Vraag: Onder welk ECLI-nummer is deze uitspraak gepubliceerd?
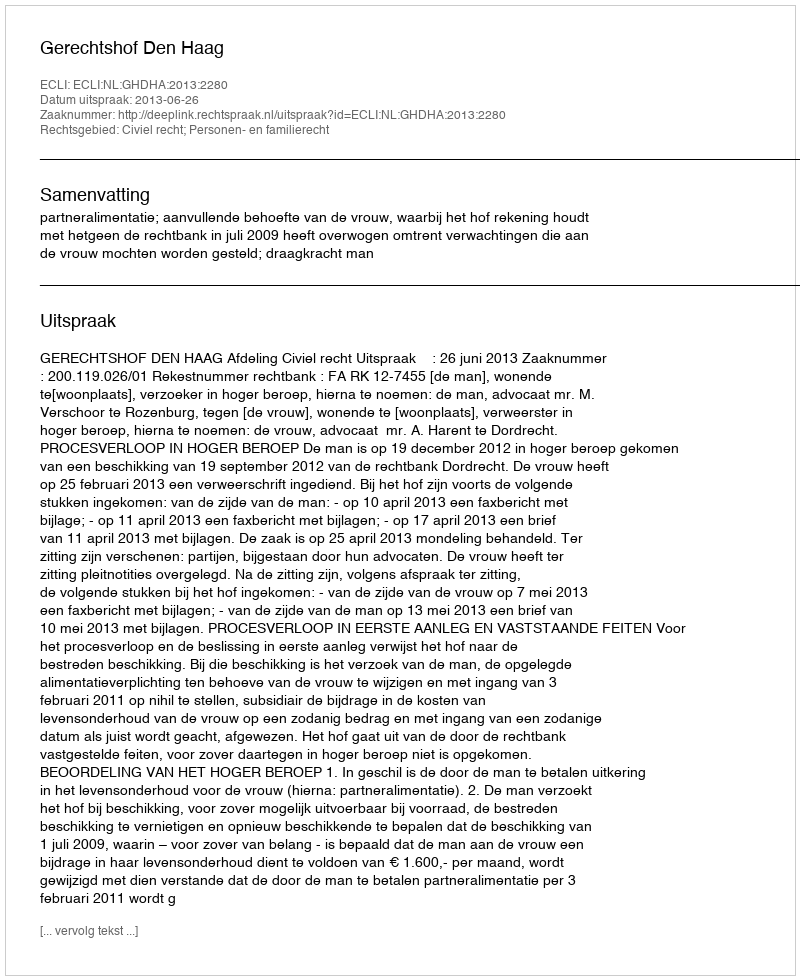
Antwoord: ECLI:NL:GHDHA:2013:2280